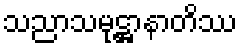
သညာသမုဋ္ဌာနာတိဿ